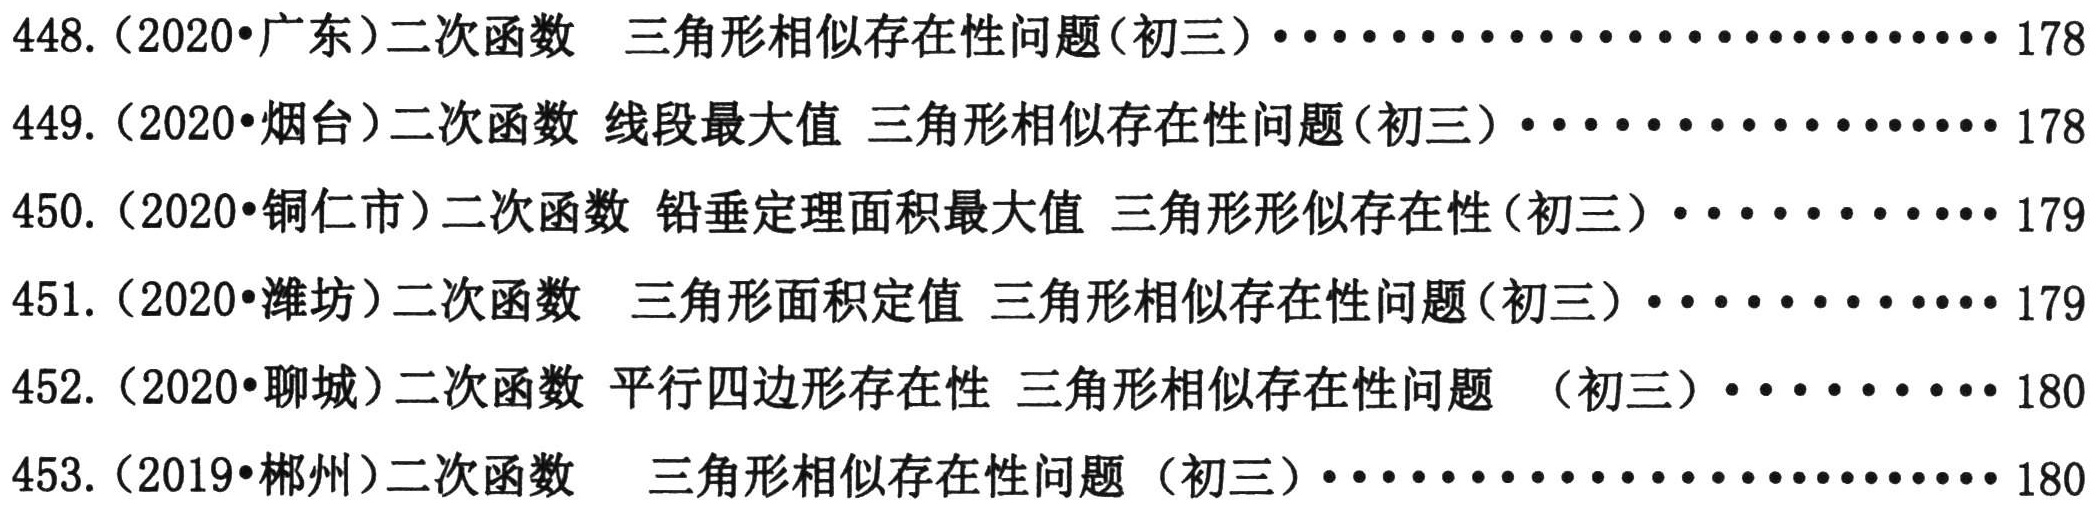
448.（2020•广东）二次函数  三角形相似存在性问题(初三)........................178
449.（2020•烟台）二次函数 线段最大值 三角形相似存在性问题(初三)......................178
450.（2020•铜仁市）二次函数 铅垂定理面积最大值 三角形形似存在性(初三)..................179
451.（2020•潍坊）二次函数  三角形面积定值 三角形相似存在性问题(初三)..................179
452.（2020•聊城）二次函数 平行四边形存在性 三角形相似存在性问题 （初三）..............180
453.（2019•郴州）二次函数   三角形相似存在性问题（初三）........................180